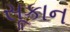
સૂકાન